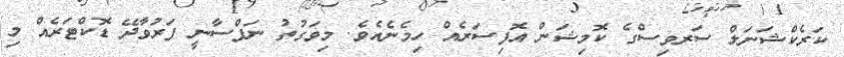
ކަރެކްޝަނަލް ސަރވިސްގެ ކޮމިޝަން އޮފިސަރެއް ހިމެނެއެވެ. މިވަގުތު ނަފްސާނީ ފަރުވާދޭ ޑޮކްޓަރެއް މި